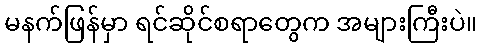
မနက်ဖြန်မှာ ရင်ဆိုင်စရာတွေက အများကြီးပဲ။